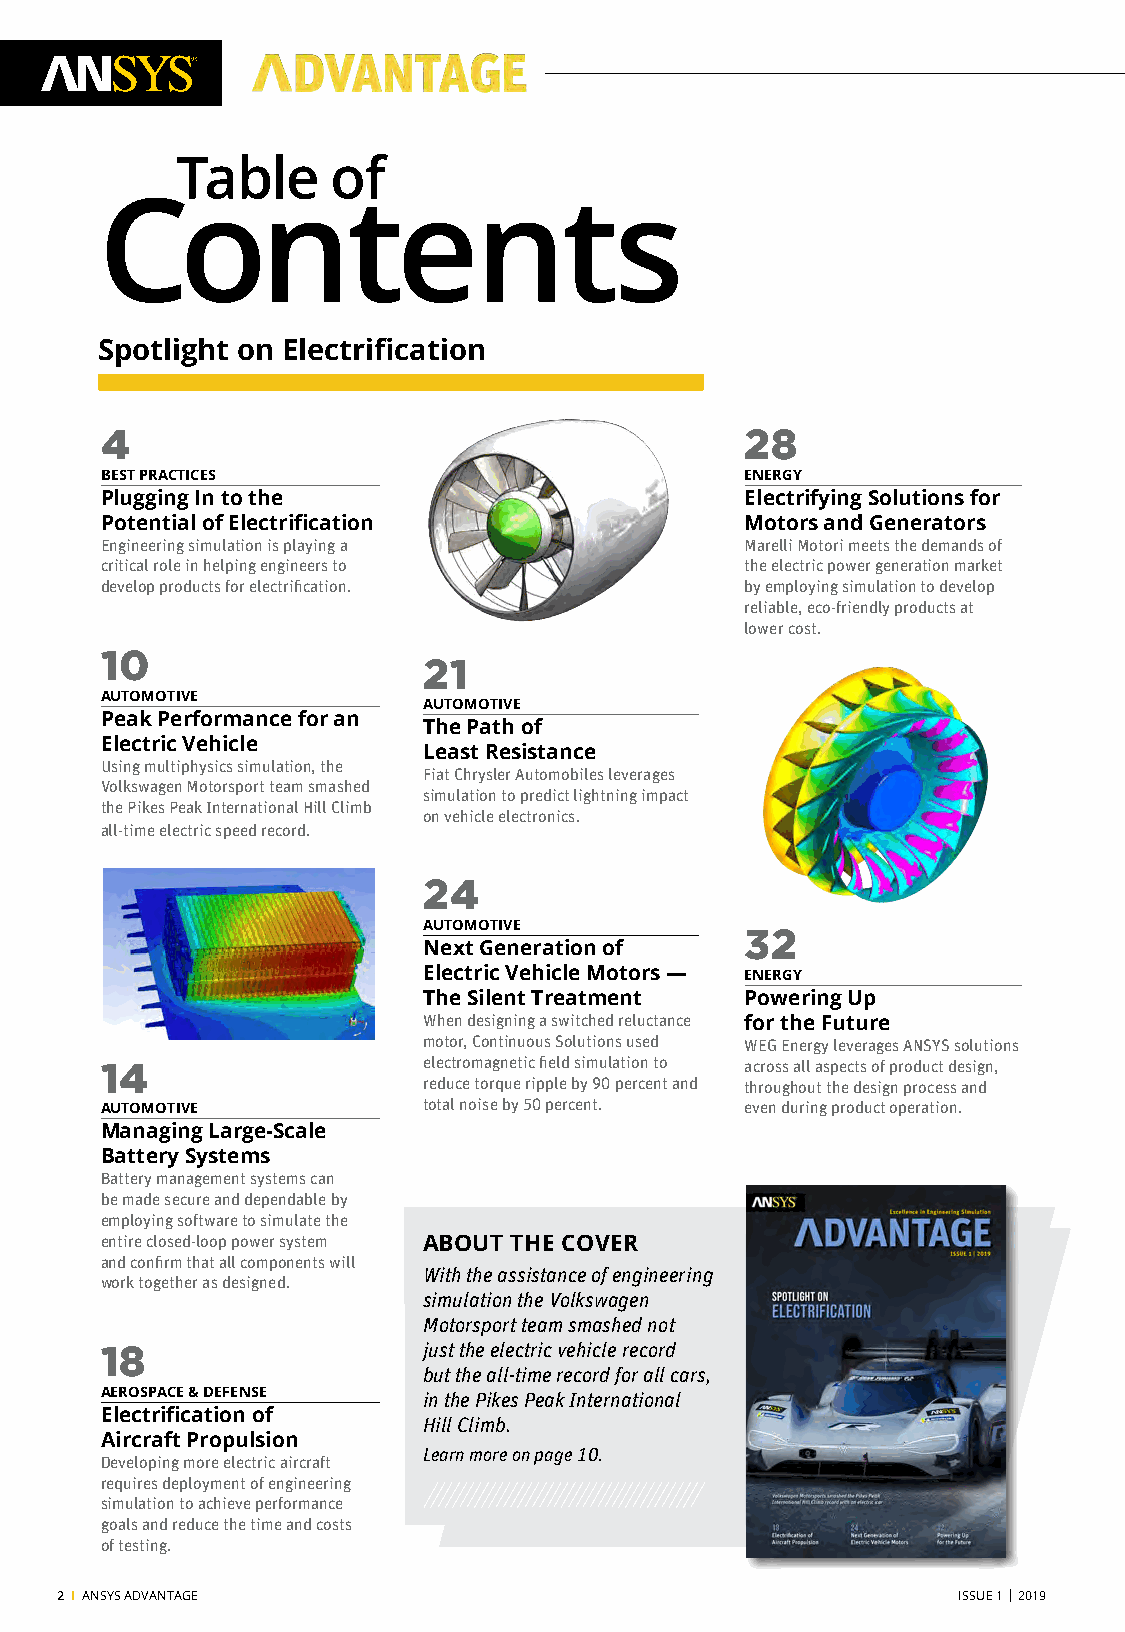
Table     of
 Contents
 Spotlight on Electrification
 4                                         28
 BEST PRACTICES                            ENERGY
 Plugging In to the                        Electrifying Solutions for
 Potential of Electrification              Motors and Generators
 Engineering simulation is playing a       Marelli Motori meets the demands of
 critical role in helping engineers to     the electric power generation market
 develop products for electrification.     by employing simulation to develop
 reliable, eco-friendly products at
 lower cost.
 10
 21
 AUTOMOTIVE
 AUTOMOTIVE
 Peak Performance for an
 The Path of
 Electric Vehicle
 Least Resistance
 Using multiphysics simulation, the
 Fiat Chrysler Automobiles leverages
 Volkswagen Motorsport team smashed
 simulation to predict lightning impact
 the Pikes Peak International Hill Climb
 on vehicle electronics.
 all-time electric speed record.
 24
 AUTOMOTIVE           32
 Next Generation of
 Electric Vehicle Motors — ENERGY
 The Silent Treatment Powering Up
 When designing a switched reluctance for the Future
 motor, Continuous Solutions used WEG Energy leverages ANSYS solutions
 14                   electromagnetic field simulation to across all aspects of product design,
 reduce torque ripple by 90 percent and throughout the design process and
 AUTOMOTIVE           total noise by 50 percent. even during product operation.
 Managing Large-Scale
 Battery Systems
 Battery management systems can
 be made secure and dependable by
 employing software to simulate the
 entire closed-loop power system ABOUT THE COVER
 and confirm that all components will
 With the assistance of engineering
 work together as designed.
 simulation the Volkswagen
 Motorsport team smashed not
 18                   just the electric vehicle record
 but the all-time record for all cars,
 AEROSPACE & DEFENSE  in the Pikes Peak International
 Electrification of
 Hill Climb.
 Aircraft Propulsion
 Learn more on page 10.
 Developing more electric aircraft
 requires deployment of engineering
 simulation to achieve performance
 goals and reduce the time and costs
 of testing.
 2 I ANSYS ADVANTAGE                                        ISSUE 1 | 2019